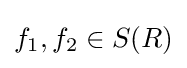
f_{1},f_{2}\in S(R)